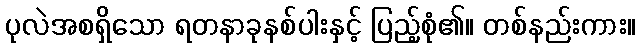
ပုလဲအစရှိသော ရတနာခုနစ်ပါးနှင့် ပြည့်စုံ၏။ တစ်နည်းကား။